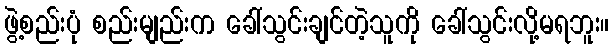
ဖွဲ့စည်းပုံ စည်းမျည်းက ခေါ်သွင်းချင်တဲ့သူကို ခေါ်သွင်းလို့မရဘူး။